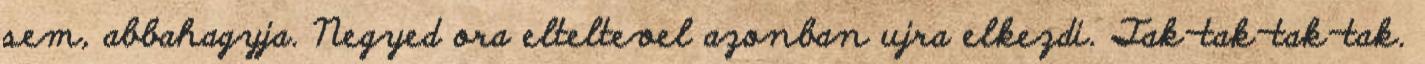
sem, abbahagyja. Negyed ora elteltevel azonban ujra elkezdi. Tak-tak-tak-tak.